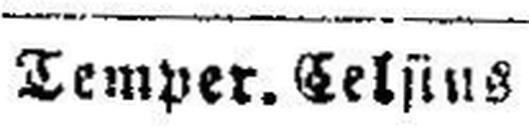
Temper. Celsius